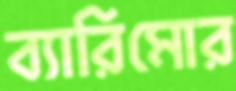
ব্যারিমোর